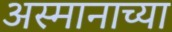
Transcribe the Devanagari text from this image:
अस्मानाच्या